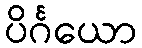
ပိင်္ဂယော